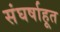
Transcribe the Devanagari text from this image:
संघर्षाहूत